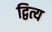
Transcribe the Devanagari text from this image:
द्वित्य